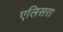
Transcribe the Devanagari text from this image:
एलिसरा